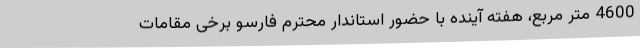
4600 متر مربع، هفته آینده با حضور استاندار محترم فارسو برخی مقامات